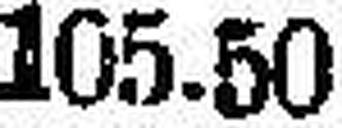
105.50